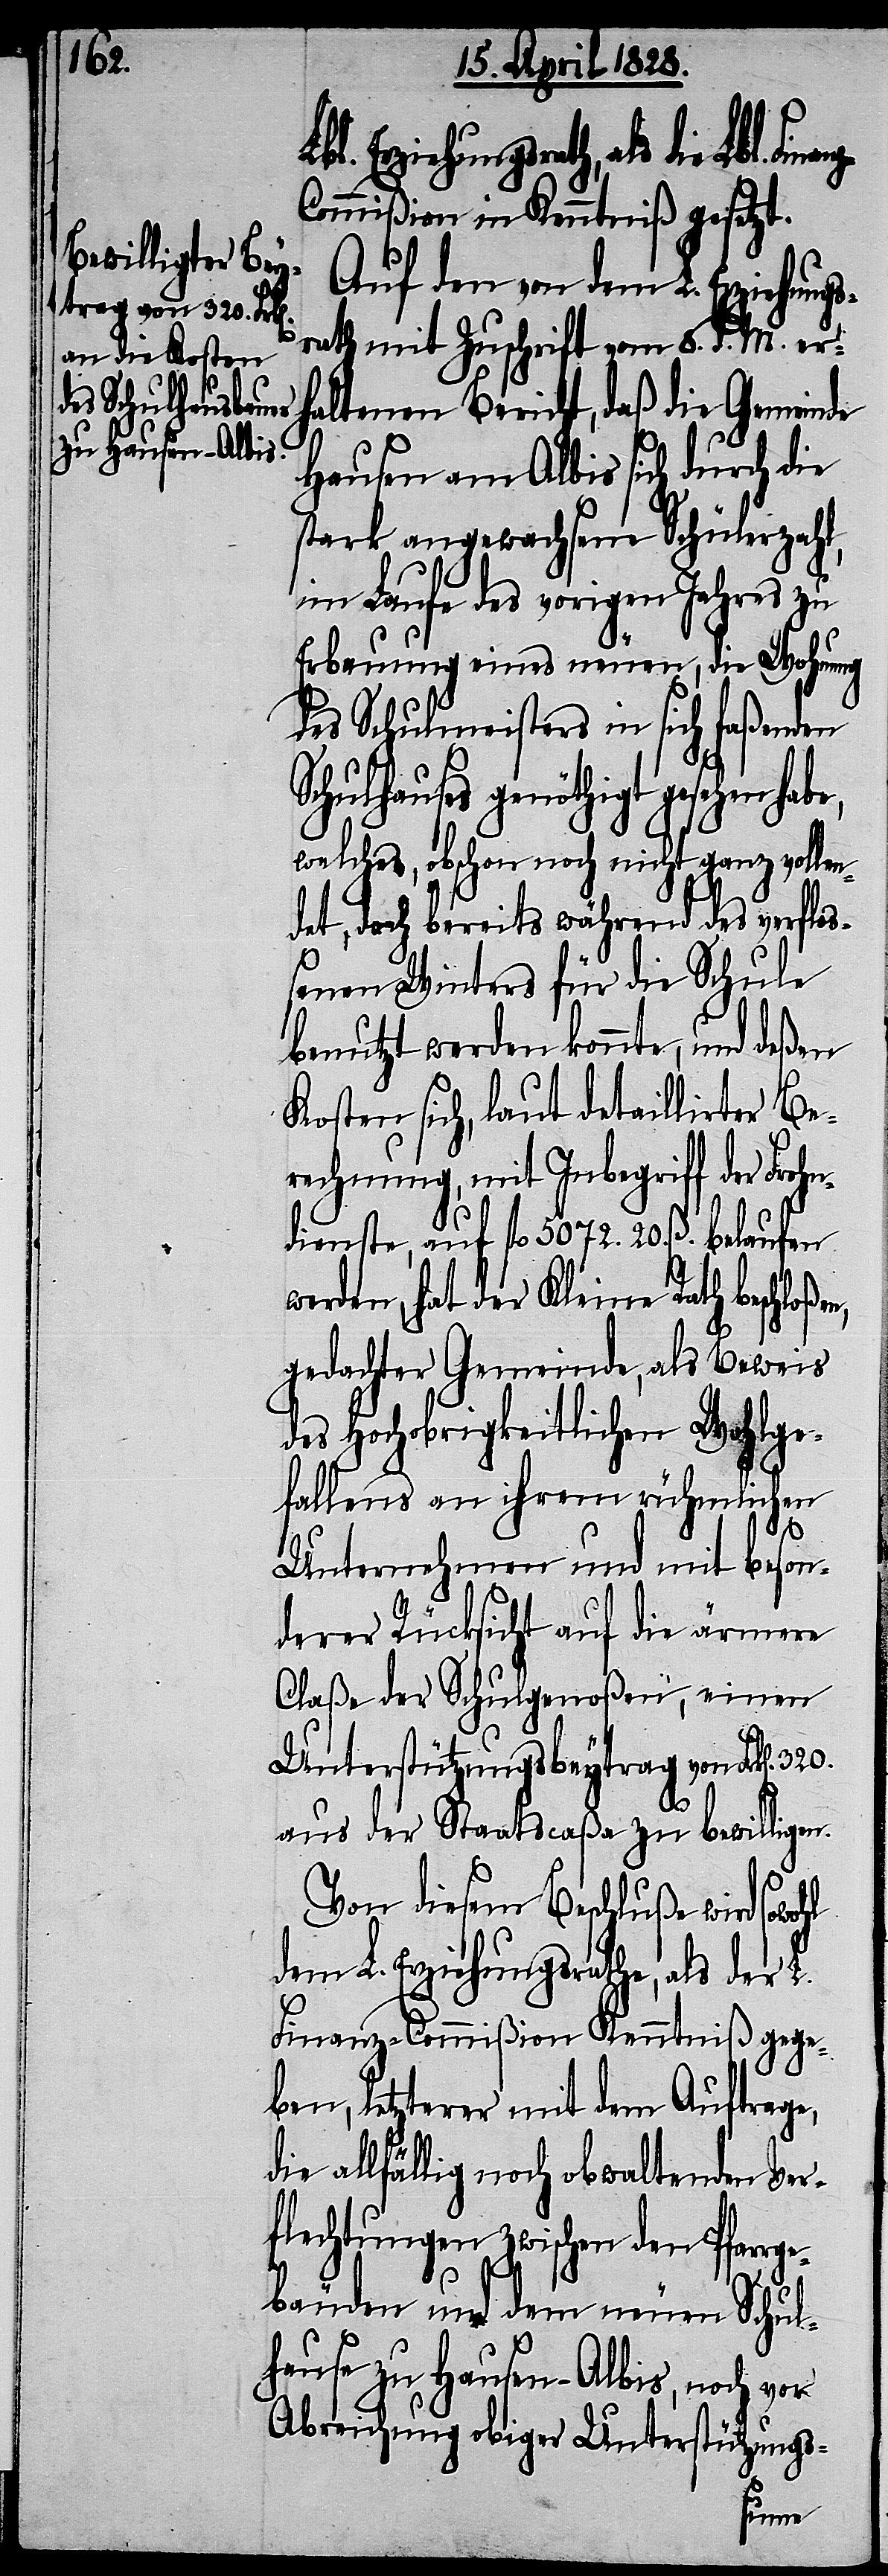
ommißion in Kenntniß gesetzt.
Auf den von dem L. Erziehungs¬
rath mit Zuschrift vom 8. d. M. erh¬
altenen Bericht, daß die Gemeinde
Hausen am Albis sich durch die
stark angewachsene Schülerzahl,
im Laufe des vorigen Jahres zu
Erbauung eines neuen, die Wohnung
des Schulmeisters in sich faßenden
Schulhauses genöthigt gesehen hab¬
welches, obschon noch nicht ganz vollen¬
det, doch bereits während des verflo¬
ßenen Winters für die Schule
benutzt werden konnte, und deßen
Kosten sich, laut detaillierter Be¬
rechnung, mit Inbegriff der Frohn¬
dienste, auf fl. 5072. 20. ß. belaufen
werden, hat der Kleine Rath beschloßen,
gedachter Gemeinde, als Beweis
des Hochobrigkeitlichen Wohlge¬
fallens an ihrem rühmlichen
z-C¬
Unternehmen und mit beson¬
derer Rücksicht auf die ärmere
Claße der Schulgenoßen, einen
Unterstützungsbeytrag von Frk[en].
aus der Staatscaßa zu bewilligen.
e,
Von diesem Beschluße wird sowohl
dem L. Erziehungsrathe, als der L.
Finanz-Commißion Kenntniß gege¬
ben, letzterer mit dem Auftrage,
die allfällig noch obwaltenden Ver¬
flechtungen zwischen den Pfarrg¬
ebäuden und dem neuen Schul¬
hause zu Hausen-Albis, noch vor
Abreichung obiger Usterstüt¬
zungs-
Finan¬